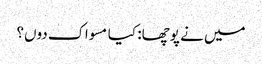
میں نے پوچھا: کیا مسواک دوں؟